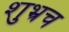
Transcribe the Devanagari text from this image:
शुभ्रच